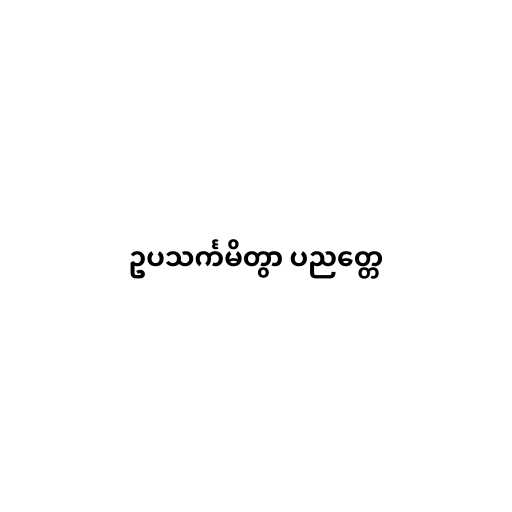
ဥပသင်္ကမိတွာ ပညတ္တေ